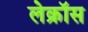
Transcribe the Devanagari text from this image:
लेक्रॉस